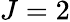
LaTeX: J=2